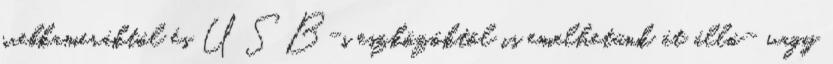
webkameráktól és USB-s eszközöktõl is emelhetünk át álló- vagy